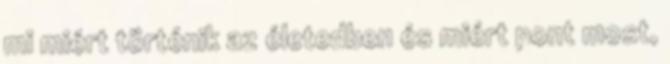
mi miért történik az életedben és miért pont most,